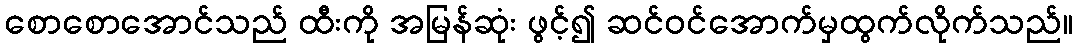
စောစောအောင်သည် ထီးကို အမြန်ဆုံး ဖွင့်၍ ဆင်ဝင်အောက်မှထွက်လိုက်သည်။